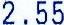
2.55